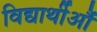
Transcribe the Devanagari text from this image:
विद्यार्थीऔं